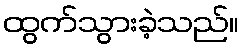
ထွက်သွားခဲ့သည်။